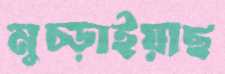
মুচ্‌ড়াইয়াছ